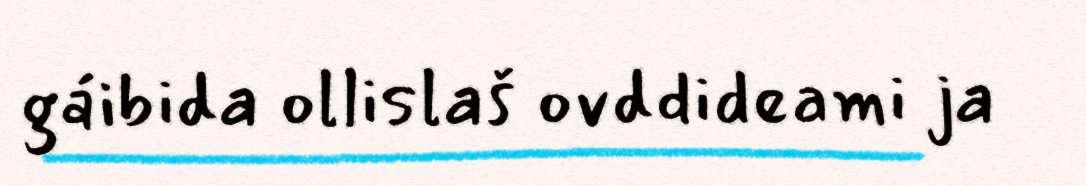
gáibida ollislaš ovddideami ja